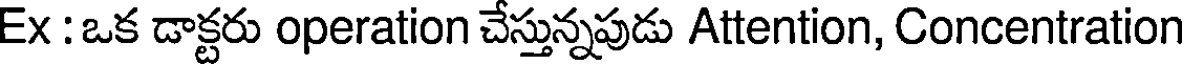
Ex : ఒక డాక్టరు operation చేస్తున్నపుడు Attention, Concentration